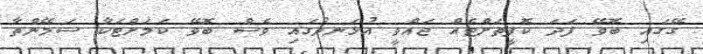
ގޭގައި ބޮވޭ ފަދަ ކޮފީތަށްޓެއް ޖައްވީ އުޅަނދުގައި ވެސް ބޮވޭ ކަމަށްޓަކާ ސަމޭންތާ